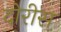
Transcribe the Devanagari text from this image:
दोरीस